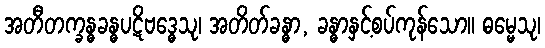
အတီတက္ခန္ဓခန္ဓပဋိဗဒ္ဓေသု၊ အတိတ်ခန္ဓာ, ခန္ဓာနှင့်စပ်ကုန်သော။ ဓမ္မေသု၊